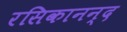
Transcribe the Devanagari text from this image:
रसिकानन्द